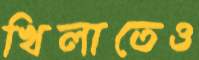
খিলাতেও